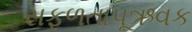
સફળતાપૂઋવક